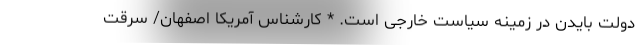
دولت بایدن در زمینه سیاست خارجی است. * کارشناس آمریکا اصفهان/ سرقت